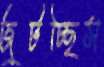
জুটচ্ছিস